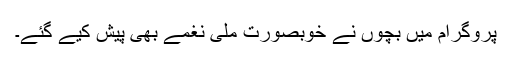
پروگرام میں بچوں نے خوبصورت ملی نغمے بھی پیش کیے گئے۔